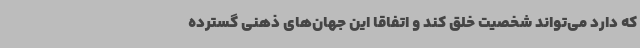
که دارد می‌تواند شخصیت خلق کند و اتفاقاً این جهان‌های ذهنی گسترده